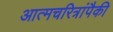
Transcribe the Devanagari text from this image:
आत्मचरित्रांपैकी